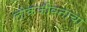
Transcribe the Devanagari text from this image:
लोकजीवनाचा